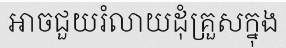
អាចជួយរំលាយដុំគ្រួសក្នុង